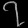
Digit: ၇